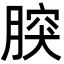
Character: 𦝬